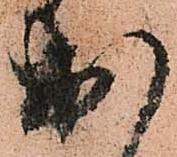
出